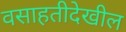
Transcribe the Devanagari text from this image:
वसाहतीदेखील